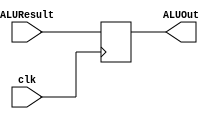
`timescale 1ns / 1ps
//////////////////////////////////////////////////////////////////////////////////
// Company: 
// Engineer: 
// 
// Design Name: 
// Module Name: ALUoutDR
// Project Name: 
// Target Devices: 
// Tool Versions: 
// Description: 
// 
// Dependencies: 
// 
// Revision:
// Revision 0.01 - File Created
// Additional Comments:
// 
//////////////////////////////////////////////////////////////////////////////////


module ALUoutDR(
    input clk,
    input [31:0] ALUResult,
    output reg [31:0] ALUOut
    );
    
    always@(posedge clk) begin
        ALUOut = ALUResult;
    end
    
endmodule